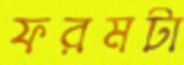
ফরমটা